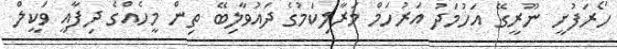
ހޯރަފުށީ ނޫރީގޭ އަހުމަދު އަރުހަމް މަރާލިކަމުގެ ދައުވާލިބޭ ތިން މީހެއްގެ ދިފާއީ ވަކީލް